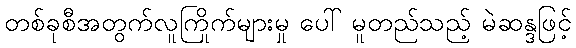
တစ်ခုစီအတွက်လူကြိုက်များမှု ပေါ် မူတည်သည့် မဲဆန္ဒဖြင့်